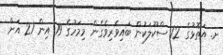
ށ. އަތޮޅުގެ 12 ސްކޫލަކުން ބައިވެރިވެގެން މިމަހުގެ 19 އިން 21 އަށް